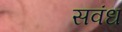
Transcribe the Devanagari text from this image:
सवंध